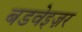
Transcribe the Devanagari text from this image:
बडवेइज़र